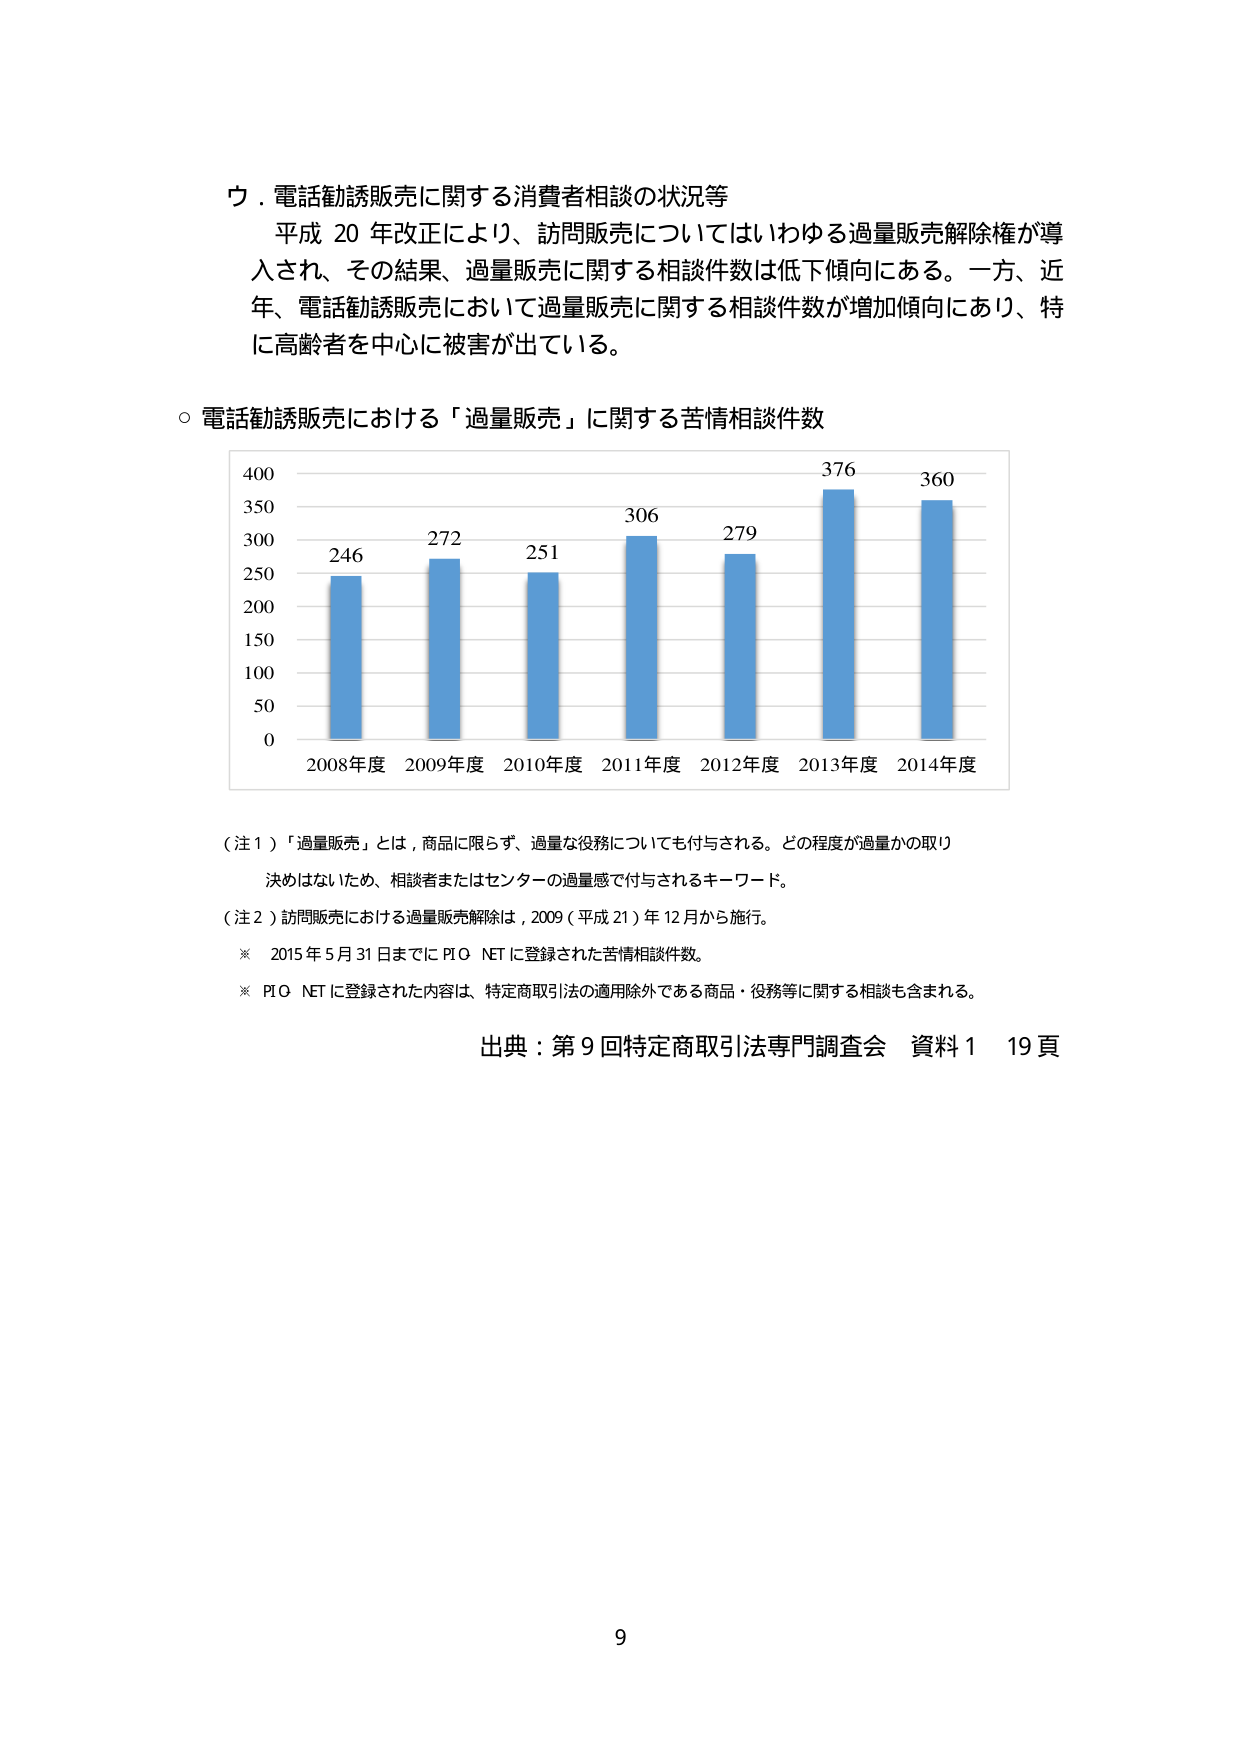
ウ．電話勧誘販売に関する消費者相談の状況等
平成20年改正により、訪問販売についてはいわゆる過量販売解除権が導入され、その結果、過量販売に関する相談件数は低下傾向にある。一方、近年、電話勧誘販売において過量販売に関する相談件数が増加傾向にあり、特に高齢者を中心に被害が出ている。

○ 電話勧誘販売における「過量販売」に関する苦情相談件数

400
350
300
250
200
150
100
50
0

246
272
251
306
279
376
360

2008年度 2009年度 2010年度 2011年度 2012年度 2013年度 2014年度

（注1）「過量販売」とは、商品に限らず、過量な役務についても付与される。どの程度が過量かの取り決めはないため、相談者またはセンターの過量感で付与されるキーワード。
（注2）訪問販売における過量販売解除は、2009（平成21）年12月から施行。
※ 2015年5月31日までにPIO NETに登録された苦情相談件数。
※ PIO NETに登録された内容は、特定商取引法の適用除外である商品・役務等に関する相談も含まれる。

出典：第9回特定商取引法専門調査会 資料1 19頁

9